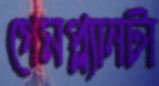
গেমপ্ল্যানটা